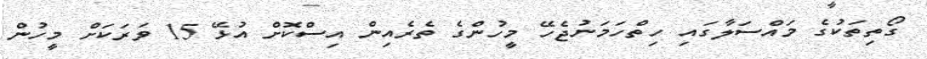
ގޯތިތަކުގެ މައްސަލާގައި ހިތްހަމަނުޖެހޭ މީހުންގެ ތެރެއިން އިސްކޮށް އުޅޭ 15 ވަރަކަށް މީހުން